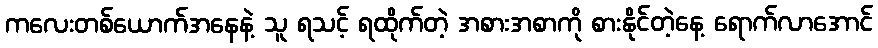
ကလေးတစ်ယောက်အနေနဲ့ သူ ရသင့် ရထိုက်တဲ့ အစားအစာကို စားနိုင်တဲ့နေ့ ရောက်လာအောင်